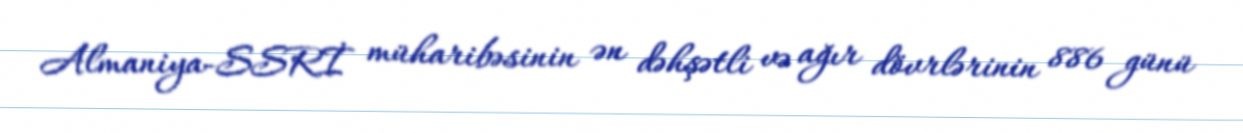
Almaniya-SSRİ müharibəsinin ən dəhşətli və ağır dövrlərinin 886 günü